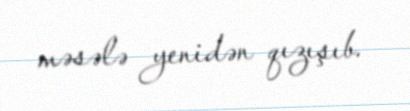
məsələ yenidən qızışıb.